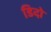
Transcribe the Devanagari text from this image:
डिदो